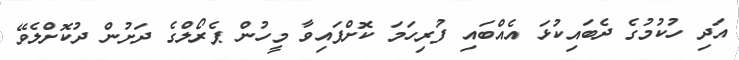
އަދި ހުކުމުގެ ދެބައިކުޅަ އެއްބައި ފުރިހަމަ ކޮށްފައިވާ މީހުން ޕެރޯލްގެ ދަށުން ދުކޮށްލެވޭ